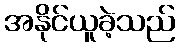
အနိုင်ယူခဲ့သည်